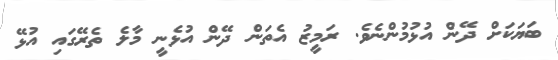
ބަޔަކަށް ދޭން އުޅުމުންނެވެ. ރަމީޒު އެތަން ދޭން އުޅެނީ މާލެ ތެރޭގައި އުޅޭ